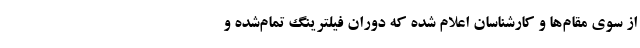
از سوی مقام‌ها و کارشناسان اعلام‌ شده که دوران فیلترینگ تمام‌شده و